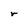
Character: r